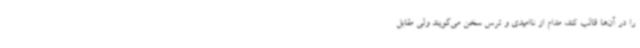
را در آن‌ها قالب کند، مدام از ناامیدی و ترس سخن می‌گویند ولی مقابل